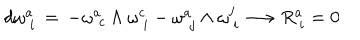
d \omega _ { \phantom { i } i } ^ { a } \, = \, - \omega _ { \phantom { c } c } ^ { a } \wedge \omega _ { \phantom { i } i } ^ { c } - \omega _ { \phantom { j } j } ^ { a } \wedge \omega _ { \phantom { i } i } ^ { j } \longrightarrow R _ { \phantom { i } i } ^ { a } = 0